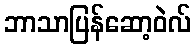
ဘာသာပြန်ဆော့ဝဲလ်